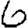
Digit: 6